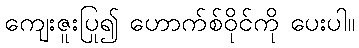
ကျေးဇူးပြု၍ ဟောက်စ်ဝိုင်ကို ပေးပါ။